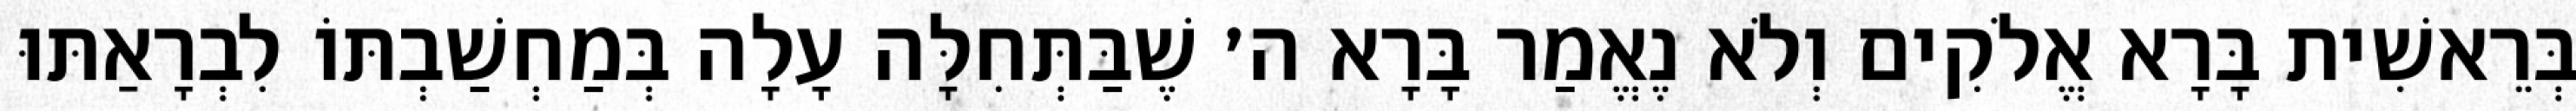
בְּרֵאשִׁית בָּרָא אֱלֹקִים וְלֹא נֶאֱמַר בָּרָא ה׳ שֶׁבַּתְּחִלָּה עָלָה בְּמַחְשַׁבְתּוֹ לִבְרָאַתּוּ